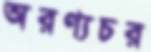
অরণ্যচর